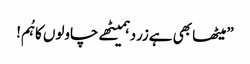
”میٹھا بھی ہےزردہمیٹھے چاولوں کاہُم!